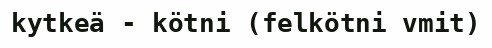
kytkeä - kötni (felkötni vmit)